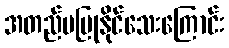
အတည်မပြုနိုင်သေးကြောင်း